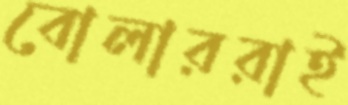
বোলাররাই